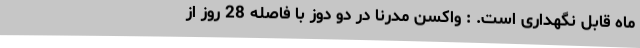
ماه قابل نگهداری است. : واکسن مدرنا در دو دوز با فاصله 28 روز از